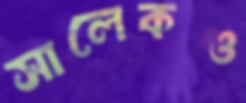
সালেকও